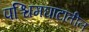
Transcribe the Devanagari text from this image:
पश्चिमघाटातील